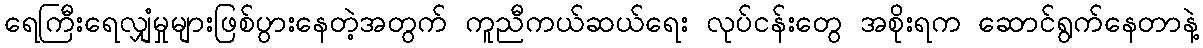
ရေကြီးရေလျှံမှုများဖြစ်ပွားနေတဲ့အတွက် ကူညီကယ်ဆယ်ရေး လုပ်ငန်းတွေ အစိုးရက ဆောင်ရွက်နေတာနဲ့